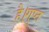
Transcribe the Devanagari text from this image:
है।गुप्त